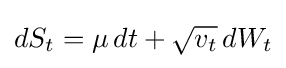
dS_{t}=\mu \,dt+{\sqrt {v_{t}}}\,dW_{t}